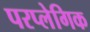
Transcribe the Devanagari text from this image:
परप्लेगिक